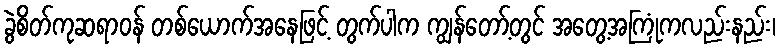
ခွဲစိတ်ကုဆရာဝန် တစ်ယောက်အနေဖြင့် တွက်ပါက ကျွန်တော့်တွင် အတွေ့အကြုံကလည်းနည်း၊